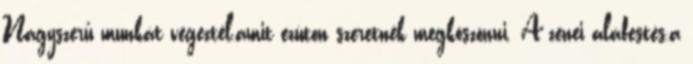
Nagyszerű munkát végeztél,amit ezúton szeretnék megköszönni. A zenei aláfestés,a